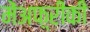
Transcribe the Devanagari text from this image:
मेंअफ़्रीकी